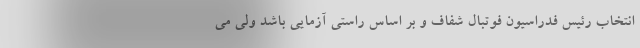
انتخاب رئیس فدراسیون فوتبال شفاف و بر اساس راستی آزمایی باشد ولی می